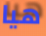
هيا